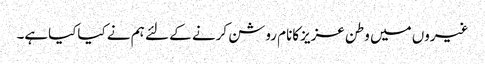
غیروں میں وطن عزیزکانام روشن کرنے کے لئے ہم نے کیاکیاہے۔